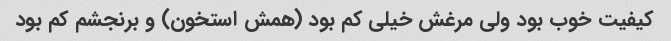
کیفیت خوب بود ولی مرغش خیلی کم بود (همش استخون) و برنجشم کم بود